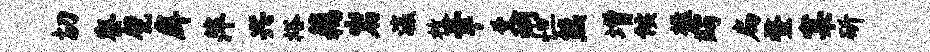
切寮甓戽萍兴裕藕岩瀛枚幸爻炯怛熊增候楹蠲扁蝥窠斫